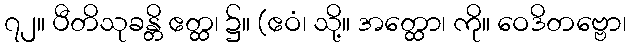
၇၂။ ပီတိသုခန္တိ ဧတ္ထ၊ ၌။ (ဧဝံ၊ သို့။ အတ္ထော၊ ကို။ ဝေဒိတဗ္ဗော၊